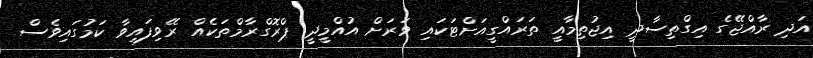
އަދި ރާއްޖޭގެ އިގްތިސާދީ އިޖުތިމާއީ ތަރައްގީއަށްޓަކައި ވަރަށް އުއްމީދީ ޕްރޮގްރާމްތަކެއް ރޭވިފައިވާ ކަމުގައިވެސް